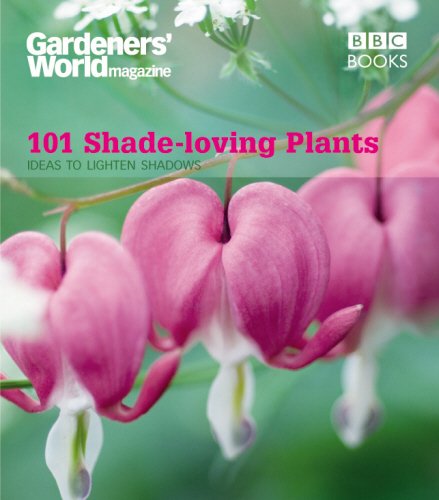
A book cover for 101 Shade-Loving Plants: Ideas to Lighten Shadows (Gardeners' World Magazine 101); James Wickham; Crafts, Hobbies & Home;